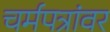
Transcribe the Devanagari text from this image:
चर्मपत्रांवर